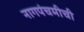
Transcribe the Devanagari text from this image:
नागपंचमीची